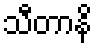
သီတာနိ